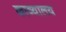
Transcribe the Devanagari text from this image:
काव्यालय